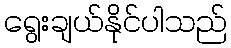
ရွေးချယ်နိုင်ပါသည်